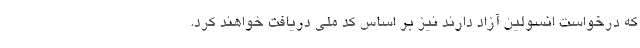
که درخواست انسولین آزاد دارند نیز بر اساس کد ملی دریافت خواهند کرد.